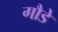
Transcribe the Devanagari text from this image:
गौडे